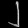
Digit: ၂